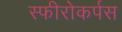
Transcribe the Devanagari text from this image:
स्फीरोकर्पस